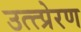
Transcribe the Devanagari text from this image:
उत्त्प्रेरण